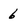
Character: 6